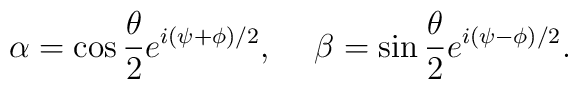
\alpha=\cos{{\theta}\over{2}}e^{i(\psi+\phi)/2},\hskip 0.2 in\beta=\sin{{\theta}\over{2}}e^{i(\psi-\phi)/2}.